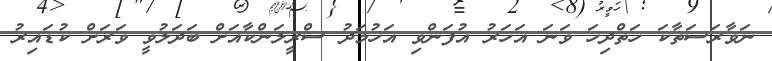
ނަވާރަސަތާކަ ހަތްދިހަ ވަނަ އަހަރު އުފަންވި އަހުމަދު ސްރީލަންކާއަށް ބަދަލުވީ ވަރަށް ކުޑައިރު